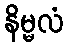
နိမ္မလံ